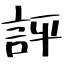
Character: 評